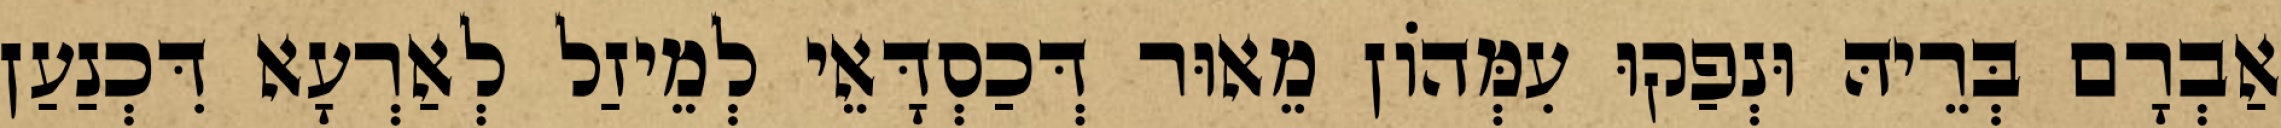
אַבְרָם בְּרֵיהּ וּנְפַקוּ עִמְּהוֹן מֵאוּר דְּכַסְדָּאֵי לְמֵיזַל לְאַרְעָא דִּכְנַעַן